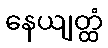
နေယျတ္ထံ